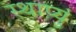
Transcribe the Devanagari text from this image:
स्थाप्युं